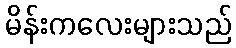
မိန်းကလေးများသည်